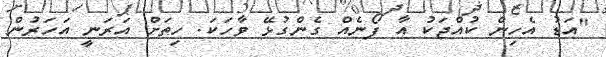
"އަޑު އެހިން ކުއްޖަކު އާ ފޯނެއް ގެންގުޅޭ ވާހަކަ. ހިތަށް އަރަނީ އަހަރުން